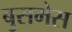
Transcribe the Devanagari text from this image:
बुसमेस